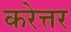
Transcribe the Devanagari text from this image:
करेत्तर